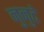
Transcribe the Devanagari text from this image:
नुनुदे